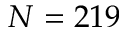
N = 2 1 9